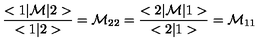
\frac { < 1 | { \cal M } | 2 > } { < 1 | 2 > } = { \cal M } _ { 2 2 } = \frac { < 2 | { \cal M } | 1 > } { < 2 | 1 > } = { \cal M } _ { 1 1 }